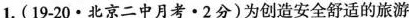
1.(19-20 · 北京二中月考·2分)为创造安全舒适的旅游